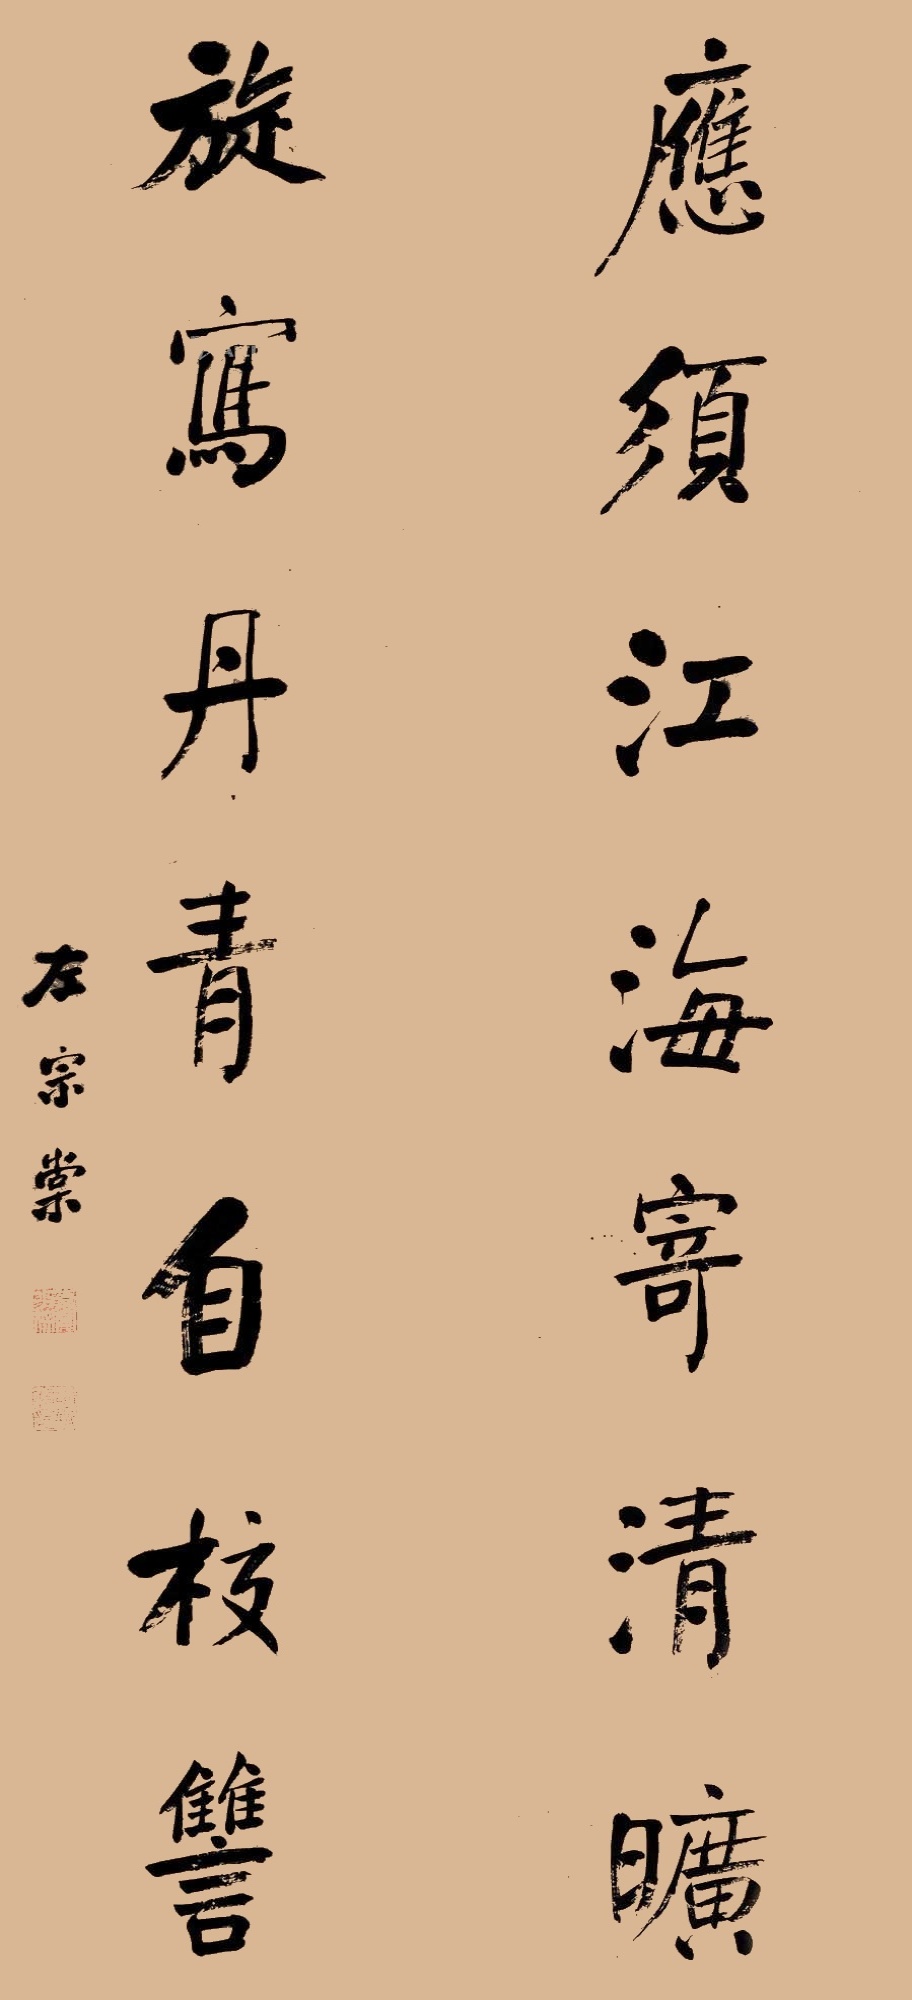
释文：应须江海寄清旷，旋写丹青自校雠。左宗棠。